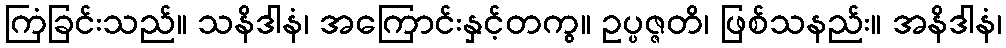
ကြံခြင်းသည်။ သနိဒါနံ၊ အကြောင်းနှင့်တကွ။ ဥပ္ပဇ္ဇတိ၊ ဖြစ်သနည်း။ အနိဒါနံ၊